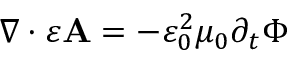
\nabla \cdot \varepsilon \mathbf { A } = - \varepsilon _ { 0 } ^ { 2 } \mu _ { 0 } \partial _ { t } \Phi